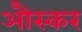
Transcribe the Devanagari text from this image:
औस्कर